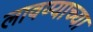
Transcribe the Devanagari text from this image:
लावण्‍याच्‍या